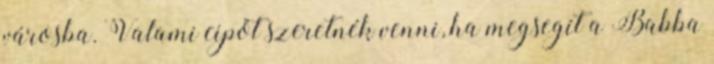
városba. Valami cipőt szeretnék venni, ha megsegít a Babba